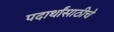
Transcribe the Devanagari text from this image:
पदार्थांसाठीचे